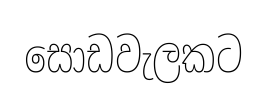
සොඩවැලකට